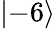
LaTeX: \left\lvert-6\right\rangle